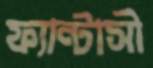
ফ্যান্টাসী